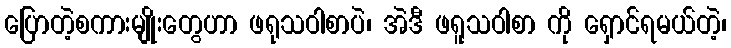
ပြောတဲ့စကားမျိုးတွေဟာ ဖရုသဝါစာပဲ၊ အဲဒီ ဖရူသဝါစာ ကို ရှောင်ရမယ်တဲ့၊